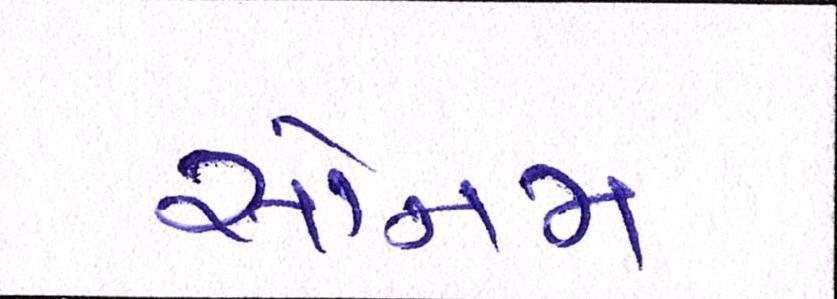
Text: સોનમ